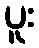
ပူး